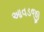
આવડજી